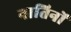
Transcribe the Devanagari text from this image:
नातिनों